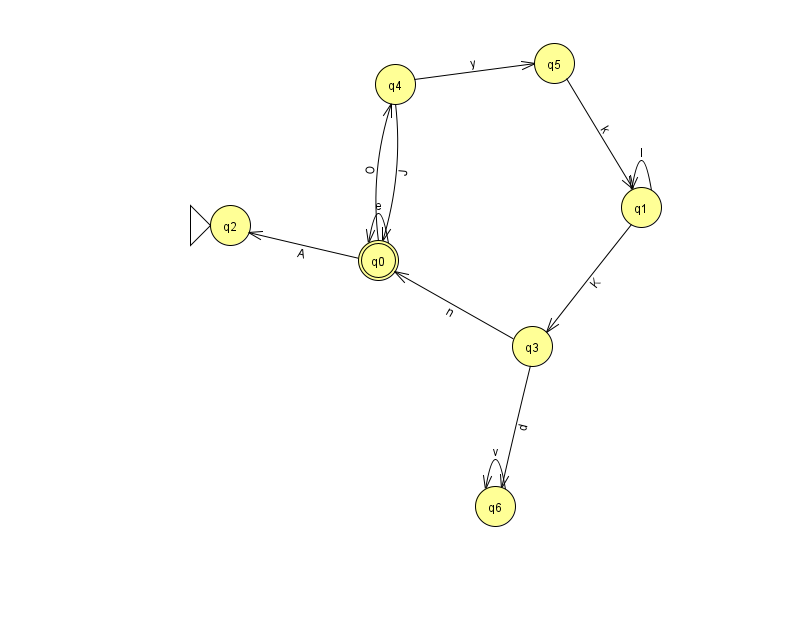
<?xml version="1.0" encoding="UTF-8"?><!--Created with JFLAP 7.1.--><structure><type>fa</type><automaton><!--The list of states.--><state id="0" name="q0"><x>378.0</x><y>247.0</y><final/></state><state id="1" name="q1"><x>641.0</x><y>194.0</y></state><state id="2" name="q2"><x>230.0</x><y>212.0</y><initial/></state><state id="3" name="q3"><x>532.0</x><y>333.0</y></state><state id="4" name="q4"><x>395.0</x><y>71.0</y></state><state id="5" name="q5"><x>554.0</x><y>50.0</y></state><state id="6" name="q6"><x>495.0</x><y>493.0</y></state><!--The list of transitions.--><transition><from>0</from><to>2</to><read>A</read></transition><transition><from>0</from><to>4</to><read>O</read></transition><transition><from>0</from><to>0</to><read>e</read></transition><transition><from>6</from><to>6</to><read>v</read></transition><transition><from>4</from><to>0</to><read>J</read></transition><transition><from>4</from><to>5</to><read>y</read></transition><transition><from>1</from><to>3</to><read>K</read></transition><transition><from>5</from><to>1</to><read>k</read></transition><transition><from>1</from><to>1</to><read>l</read></transition><transition><from>3</from><to>0</to><read>n</read></transition><transition><from>3</from><to>6</to><read>d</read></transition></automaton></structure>